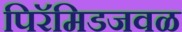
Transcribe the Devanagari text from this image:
पिरॅमिडजवळ